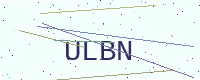
Text: ULBN